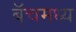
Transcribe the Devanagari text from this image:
बॅचमध्य